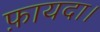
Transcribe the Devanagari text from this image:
फ़ायदा।